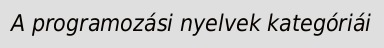
A programozási nyelvek kategóriái